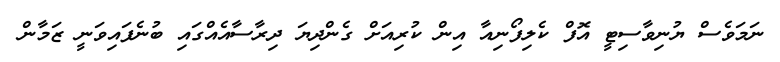
ނަމަވެސް ޔުނިވާސިޓީ އޮފް ކެލިފޯނިއާ އިން ކުރިއަށް ގެންދިޔަ ދިރާސާއެެއްގައި ބުނެފައިވަނީ ޒަމާން